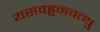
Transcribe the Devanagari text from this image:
यसवड्ढनवत्थु